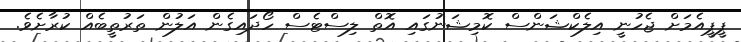
ޕީޕީއެމަށް ޖެހުނީ އިލެކްޝަންސް ކޮމިޝަނުގައި އޮތް ލިސްޓެސް ހޯދައިގެން އަލުން ތަރުތީބެއް ކުރާށެވެ.